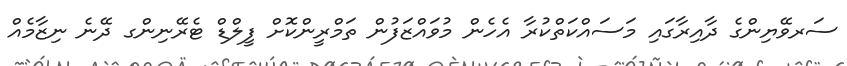
ސަރވޭޔިންގެ ދާއިރާގައި މަސައްކަތްކުރާ އެހެން މުވައްޒަފުން ތަމްރީންކޮށް ފީލްޑް ޓެރޭނިންގ ދޭނެ ނިޒާމެއް